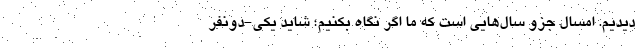
دیدیم. امسال جزو سال‌هایی است که ما اگر نگاه بکنیم؛ شاید یکی‌-دونفر